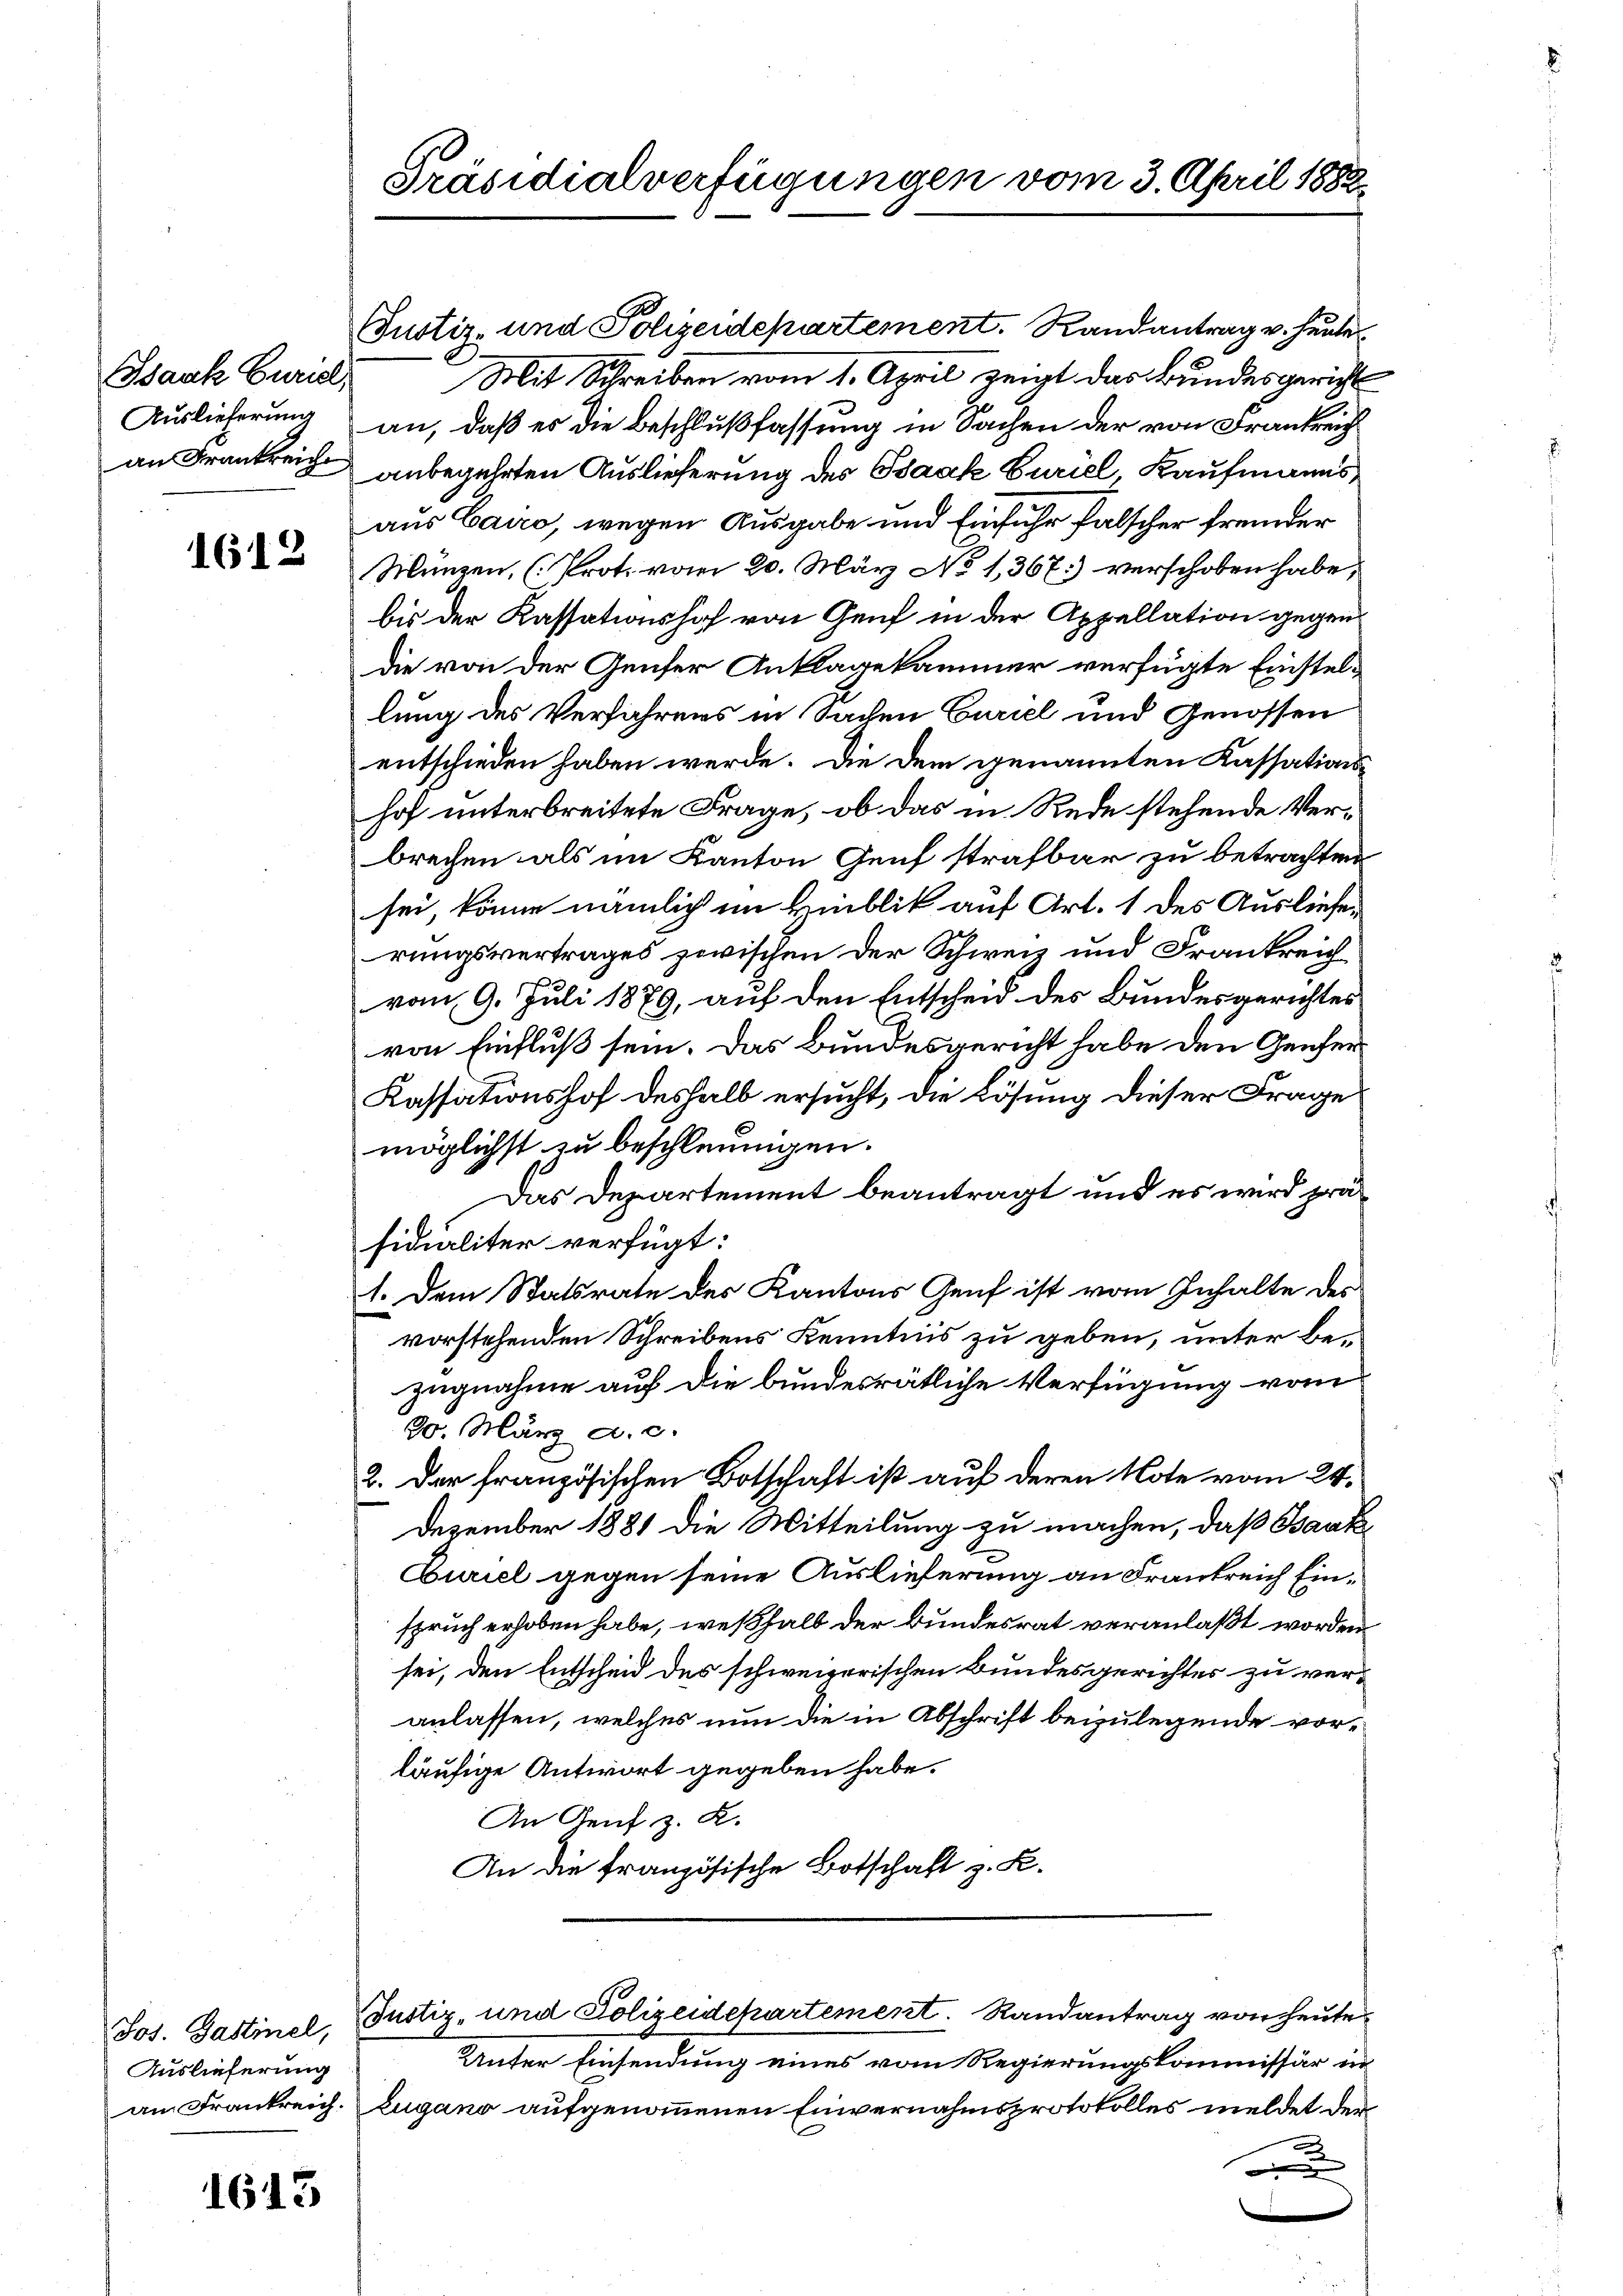
Isaak Curist,
Auslieferung
an Frankreich

1612

Jos. Gastinel,
Auslieferung
am Frankreich.

1613

Präsidialverfügungen vom 3. April 1882

Justiz- und Polizeidepartement. Randantrag v. heute¬
Mit Schreiben vom 1. April zeigt das Bundesgericht
an, daß es die Beschlußfassung in Sachen der von Frankreich
anbegehrten Auslieferung des Isaak Curiel Kaufmanns,
aus Cairo, wegen Ausgabe und Einfuhr falscher fremder
Münzen, (Prot. vom 20. März No 1,367) verschoben habe,
bis der Kassationshof von Genf in der Appellation gegen
die von der Genfer Anklagekammer verfügte Einstellung des Verfahrens in Sachen Curiel und Genossen
entschieden haben werde. Die dem genannten Kassations-
hof unterbreitete Frage, ob das in Rede stehende Verbrechen als im Kanton Genf strafbar zu betrachten
sei, könne nämlich im Hinblik auf Art. 1 des Auslieferungsvertrages zwischen der Schweiz und Frankreich
vom 9. Juli 1879, auf den Entscheid des Bundesgerichtes
von Einfluß sein. Das Bundesgericht habe den Zeicher
Kassationshof deshalb ersucht, die Lösung dieser Frage
möglichst zu beschleunigen.
Das Departement beantragt und es wird präsidialiter verfügt:
1. Dem Statsrate des Kantons Genf ist vom Inhalte des
vorstehenden Schreibens Kenntnis zu geben, unter bezugnahme auf die bundesrätliche Verfügung vom
30. März a. c.
2. Der französischen Botschaft ist auf deren Note vom 24.
Dezember 1881 die Mitteilung zu machen, daß Bank¬
Euriel gegen seine Auslieferung an Frankreich Einspruch erhoben habe, weßhalb der Bundesrat veranlaßt worden
sei, den Entscheid des schweizerischen Bundesgerichtes zu veranlassen, welches nun die in Abschrift beizulegende vorläufige Antwort gegeben habe.
An Genf z. R.
An die französische Botschaft z. B.

Justiz- und Polizeidepartement. Randantrag von heute¬

Unter Einsendung eines vom Regierungskommissär in
Zugano aufgenommenen Einvernahmsprotokolles meldet der
.